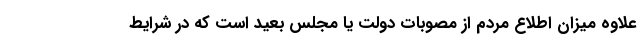
علاوه میزان اطلاع مردم از مصوبات دولت یا مجلس بعید است که در شرایط